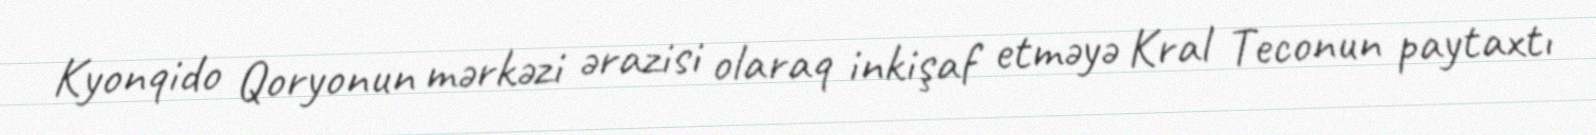
Kyonqido Qoryonun mərkəzi ərazisi olaraq inkişaf etməyə Kral Teconun paytaxtı